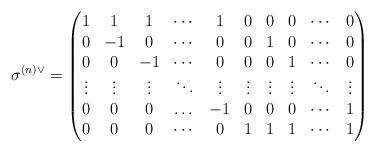
LaTeX: \begin{align*}\sigma ^{(n)\vee}=\begin{pmatrix}1 & 1 & 1 & \cdots & 1 & 0 & 0 & 0 & \cdots & 0 \\0 & -1 & 0 & \cdots & 0 & 0 & 1 & 0 & \cdots & 0 \\0 & 0 & -1 & \cdots & 0 & 0 & 0 & 1 & \cdots & 0 \\\vdots & \vdots & \vdots & \ddots & \vdots & \vdots & \vdots & \vdots & \ddots & \vdots \\0 & 0 & 0 & \dots & -1 & 0 & 0 & 0 & \cdots & 1 \\0 & 0 & 0 & \cdots & 0 & 1 & 1 & 1 & \cdots & 1\end{pmatrix}\end{align*}